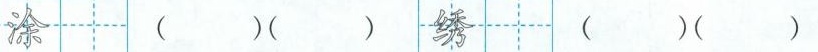
涂（）（）绣（）（）